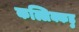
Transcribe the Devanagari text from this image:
कल्लिक्कडु